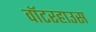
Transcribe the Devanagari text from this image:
वॉटरहाउस